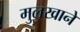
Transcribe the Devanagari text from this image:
मुलखाने